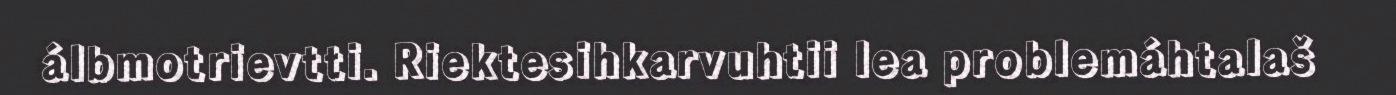
álbmotrievtti. Riektesihkarvuhtii lea problemáhtalaš